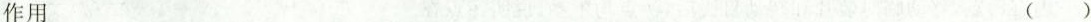
作用 ( )